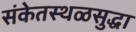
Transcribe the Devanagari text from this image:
संकेतस्थळसुद्धा